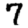
Digit: 7